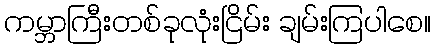
ကမ္ဘာကြီးတစ်ခုလုံးငြိမ်း ချမ်းကြပါစေ။